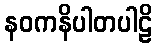
နဝကနိပါတပါဠိ